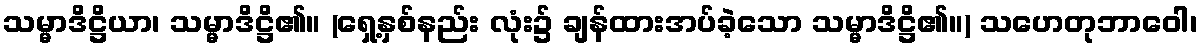
သမ္မာဒိဋ္ဌိယာ၊ သမ္မာဒိဋ္ဌိ၏။ (ရှေ့နှစ်နည်း လုံး၌ ချန်ထားအပ်ခဲ့သော သမ္မာဒိဋ္ဌိ၏။) သဟေတုဘာဝေါ၊